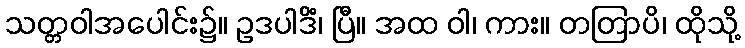
သတ္တဝါအပေါင်း၌။ ဥဒပါဒိံ၊ ပြီ။ အထ ဝါ၊ ကား။ တတြာပိ၊ ထိုသို့